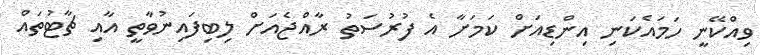
ވިއްކޭނީ ހަމައެކަނި އިންޑިއަށް ކަމަށާ އެ ފުރުސަތު ރާއްޖެއަށް ލިބިފައިނުވާތީ އާއި ޗާޓުތައް